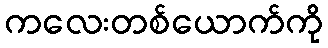
ကလေးတစ်ယောက်ကို